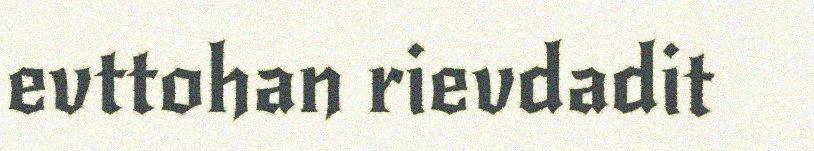
evttohan rievdadit